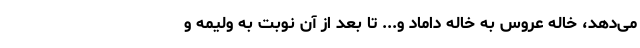
می‌دهد، خاله عروس به خاله داماد و... تا بعد از آن نوبت به ولیمه و